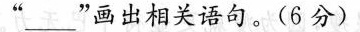
”__”画出相关语句。(6分)